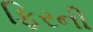
ફિરની